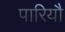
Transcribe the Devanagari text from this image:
पारियौ